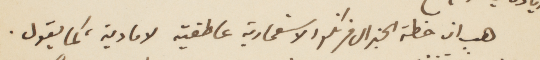
هي ان خطة الجنرال فرنكو الاستعمارية عاطفية لا مادية، كما يقول.